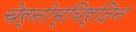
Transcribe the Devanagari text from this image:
चेर्नोम्यिर्दिन